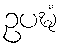
ဥပဍ္ဎံ